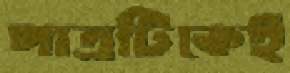
পাত্রটিকেই